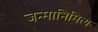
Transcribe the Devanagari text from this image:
जन्मानिमित्य